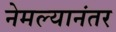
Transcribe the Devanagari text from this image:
नेमल्यानंतर